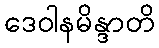
ဒေဝါနမိန္ဒာတိ